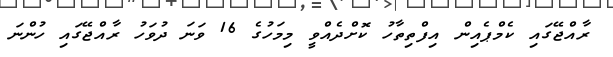
ރާއްޖޭގައި ކެމްޕެއިން އިފްތިތާހު ކޮށްދެއްވީ މިމަހުގެ 16 ވަނަ ދުވަހު ރާއްޖޭގައި ހުންނަ